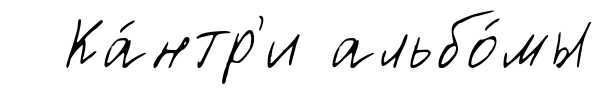
Ка́нтр'и альбо́мы